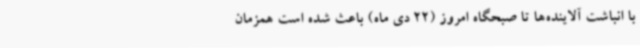
با انباشت آلاینده‌ها تا صبحگاه امروز (22 دی ماه) باعث شده است همزمان